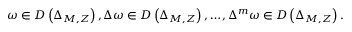
\omega \in D \left( \Delta _ { M , Z } \right) , \Delta \omega \in D \left( \Delta _ { M , Z } \right) , \ldots , \Delta ^ { m } \omega \in D \left( \Delta _ { M , Z } \right) .